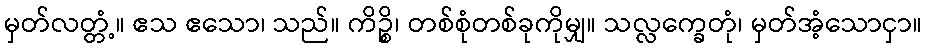
မှတ်လတ္တံ့။ ဧသ ဧသော၊ သည်။ ကိဉ္စိ၊ တစ်စုံတစ်ခုကိုမျှ။ သလ္လက္ခေတုံ၊ မှတ်အံ့သောငှာ။